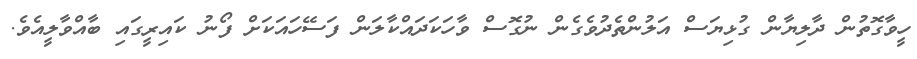
ހީވާގޮތުން ދާލިޔާން ގުޅިޔަސް އަލުންތެދުވެގެން ނުގޮސް ވާހަކަދައްކާލަން ފަސޭހައަކަށް ފޯނު ކައިރީގައި ބާއްވާލީއެވެ.